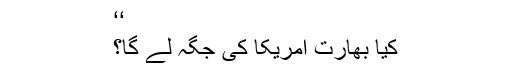
‘‘
کیا بھارت امریکا کی جگہ لے گا؟